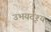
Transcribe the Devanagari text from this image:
उभयदृश्य